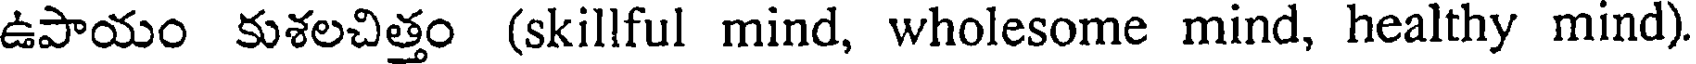
ఉపాయం కుశలచిత్తం (skillful mind, wholesome mind, healthy mind)